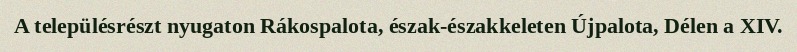
A településrészt nyugaton Rákospalota, észak-északkeleten Újpalota, Délen a XIV.